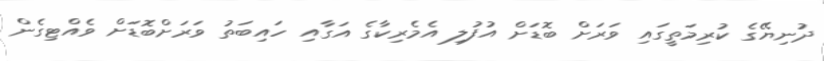
ދުނިޔޭގެ ކުރިމަތީގައި ވަރަށް ބޮޑަށް އުފުލި އެމެރިކާގެ އަގާއި ހައިބަތު ވަރަށްބޮޑަށް ވެއްޓިގެން